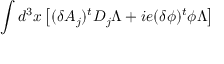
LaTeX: \int d ^ { 3 } x \left[ ( \delta A _ { j } ) ^ { t } D _ { j } \Lambda + i e ( \delta \phi ) ^ { t } \phi \Lambda \right]